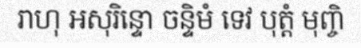
រាហុ អសុរិន្ទោ ចន្ទិមំ ទេវ បុត្តំ មុញ្ចិ